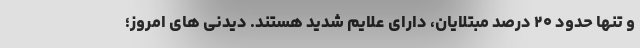
و تنها حدود ۲۰ درصد مبتلایان، دارای علایم شدید هستند. دیدنی های امروز؛